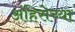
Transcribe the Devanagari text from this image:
अंहिसेच्या